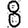
Digit: 8